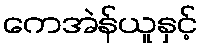
ကေအဲန်ယူနှင့်